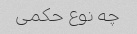
چه نوع حکمی